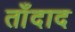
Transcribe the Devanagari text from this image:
ताँदाद